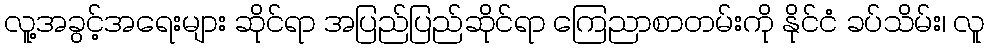
လူ့အခွင့်အရေးများ ဆိုင်ရာ အပြည်ပြည်ဆိုင်ရာ ကြေညာစာတမ်းကို နိုင်ငံ ခပ်သိမ်း၊ လူ